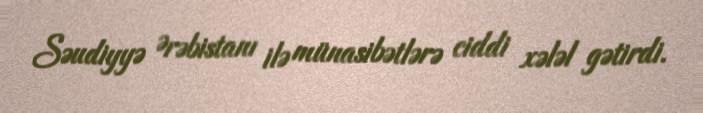
Səudiyyə Ərəbistanı ilə münasibətlərə ciddi xələl gətirdi.